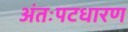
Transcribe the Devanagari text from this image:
अंतःपटधारण